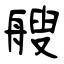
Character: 艘